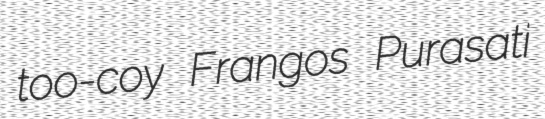
too-coy Frangos Purasati